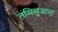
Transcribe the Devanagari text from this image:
तमिलुआना